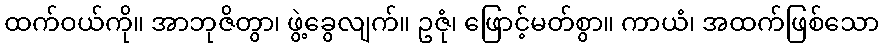
ထက်ဝယ်ကို။ အာဘုဇိတွာ၊ ဖွဲ့ခွေလျက်။ ဥဇုံ၊ ဖြောင့်မတ်စွာ။ ကာယံ၊ အထက်ဖြစ်သော